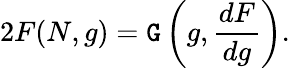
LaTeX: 2F(N,g)=\mathtt{G}\left(g,\frac{{dF}}{{dg}}\right).